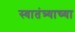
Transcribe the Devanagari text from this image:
स्‍वातंत्र्याच्‍या